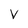
Character: V